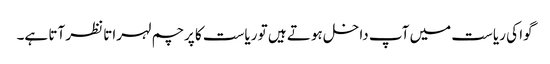
گوا کی ریاست میں آپ داخل ہوتے ہیں تو ریاست کا پرچم لہراتا نظر آتا ہے۔